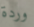
وردة